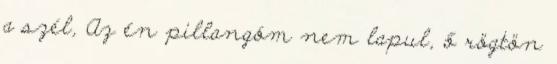
a szél, Az én pillangóm nem lapul, ő rögtön